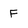
Character: F